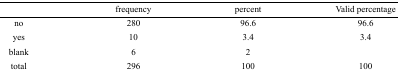
<table><thead><tr><td></td><td><b>frequency</b></td><td><b>percent</b></td><td><b>Valid percentage</b></td></tr></thead><tbody><tr><td>no</td><td>280</td><td>96.6</td><td>96.6</td></tr><tr><td>yes</td><td>10</td><td>3.4</td><td>3.4</td></tr><tr><td>blank</td><td>6</td><td>2</td><td></td></tr><tr><td>total</td><td>296</td><td>100</td><td>100</td></tr></tbody></table>